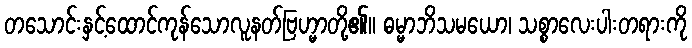
တသောင်းနှင့်ထောင်ကုန်သောလူနတ်ဗြဟ္မာတို့၏။ ဓမ္မာဘိသမယော၊ သစ္စာလေးပါးတရားကို